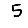
Digit: 5